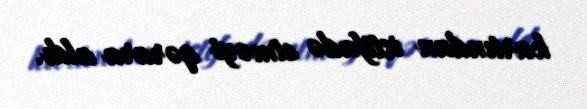
kartından istifadə etməyi qərara aldı.